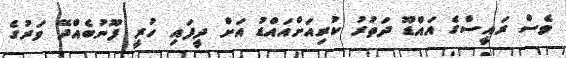
ވެސް ރައީސްގެ އައްޑޫ ދަތުރު ކުރިއަށްއައްޑު އަށް ދީފައި ހުރީ ފޫނުބެއްދޭ ވަރުގެ